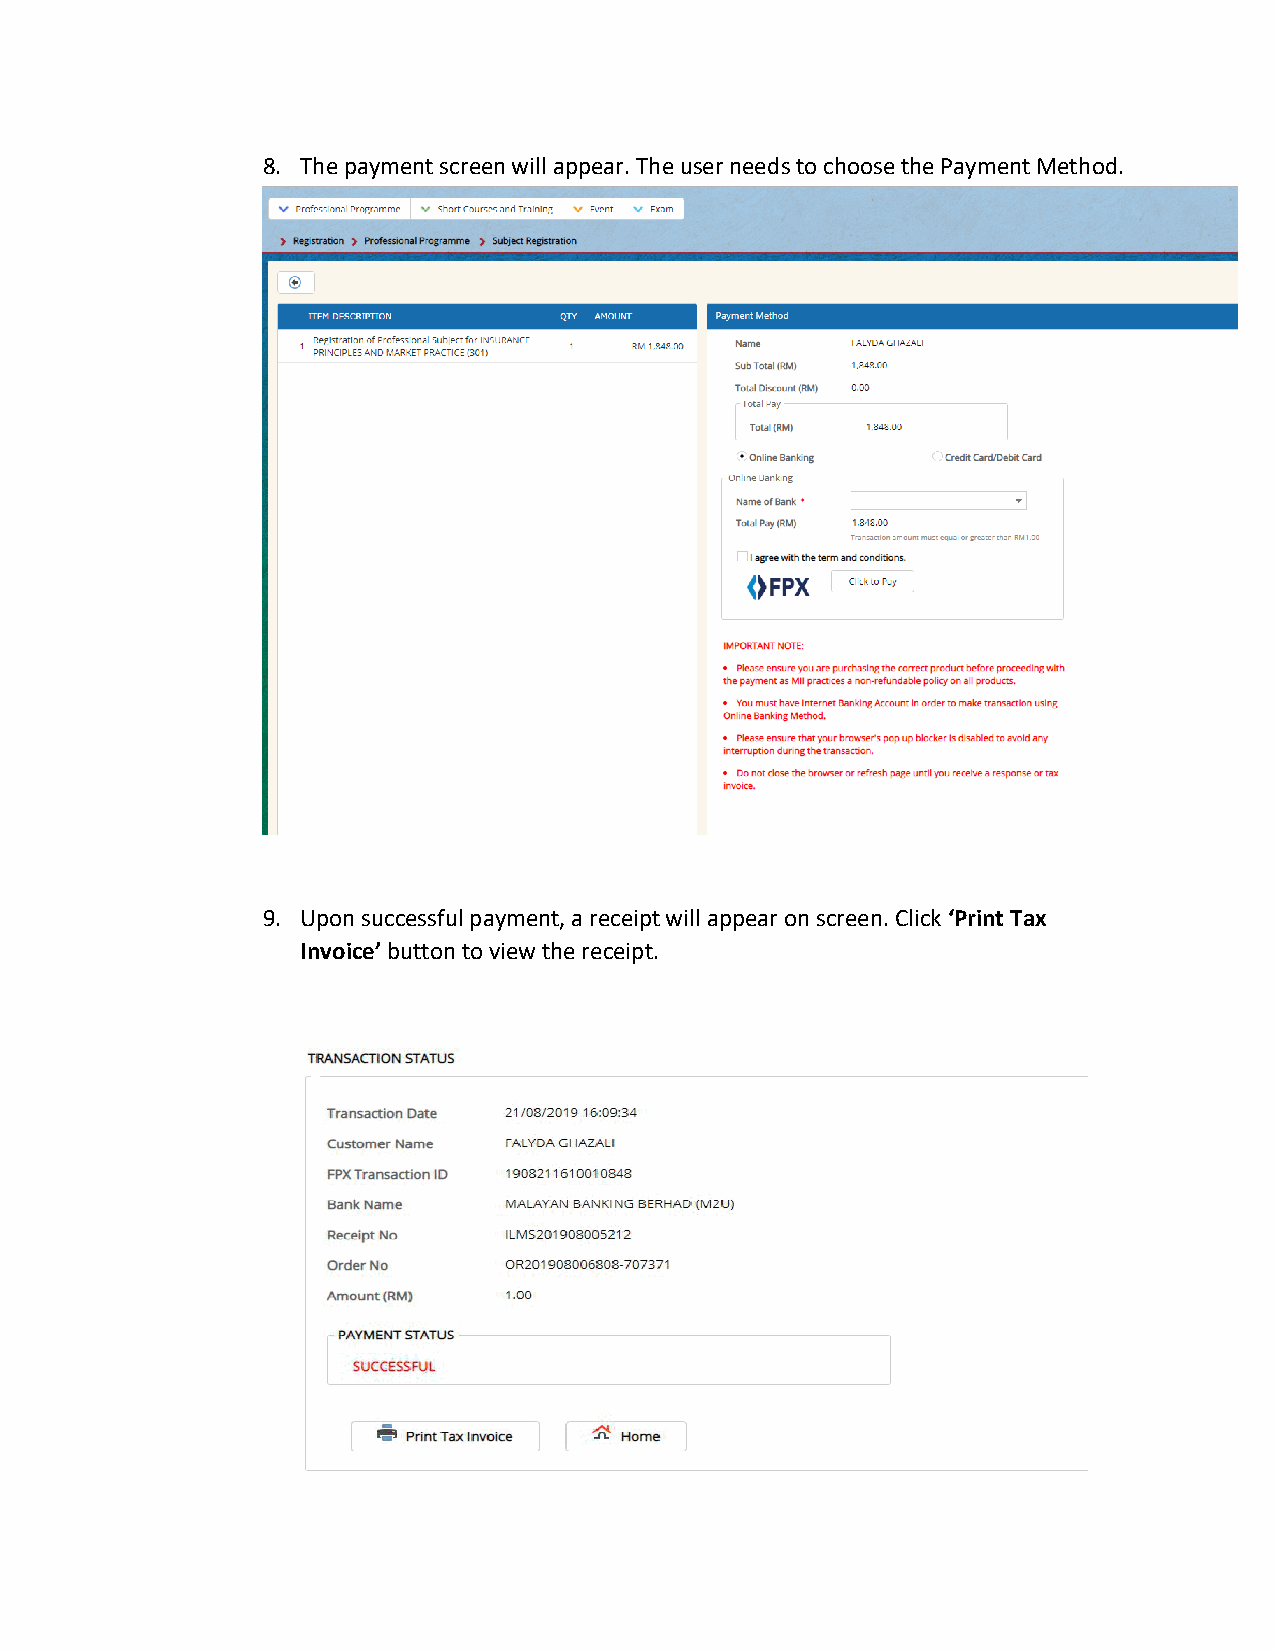
8. The payment screen will appear. The user needs to choose the Payment Method.
 9. Upon successful payment, a receipt will appear on screen. Click ‘Print Tax
 Invoice’ button to view the receipt.